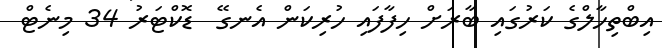
އިބްތިހާލްގެ ކަރުގައި ބާރަށް ހިފާފައި ހުރިކަން އެނގޭ  ޑޮކްޓަރު 34 މިނެޓް